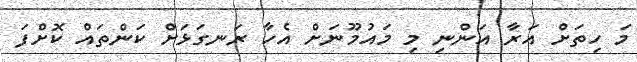
މަ ހިތަށް އަރާ އަންނި މި މައުމޫނަށް އެހާ ރަނގަޅަށް ކަންތައް ކޮށްފަ